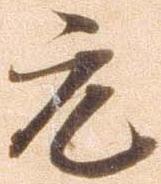
元